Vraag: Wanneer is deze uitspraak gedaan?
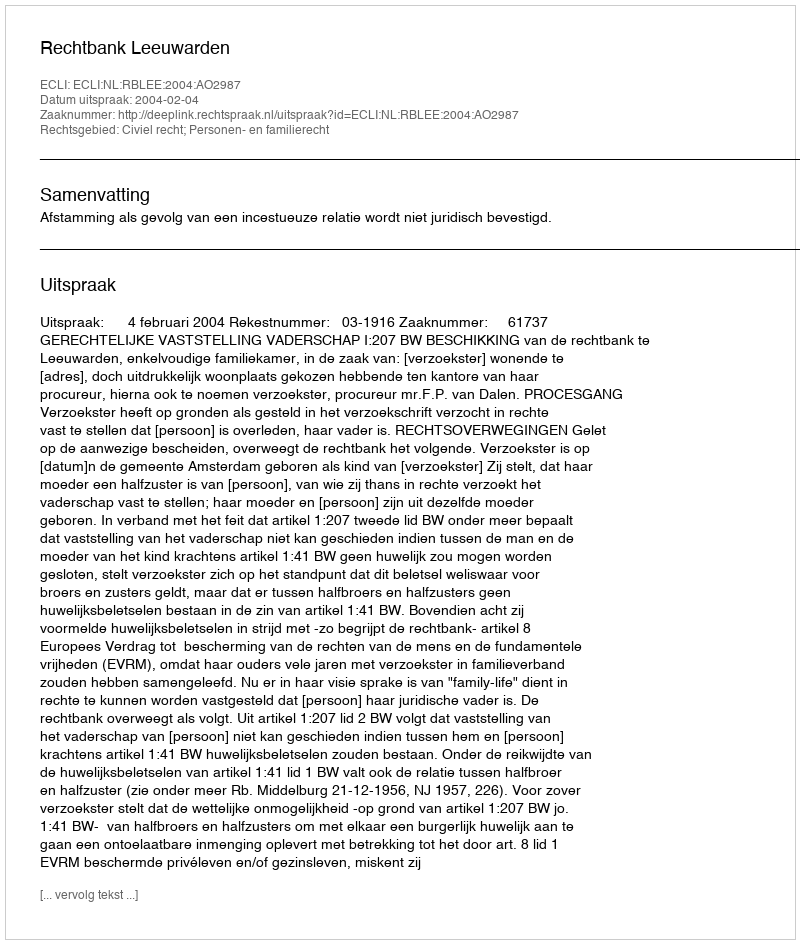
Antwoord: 2004-02-04